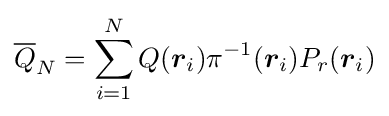
{\overline {Q}}_{N}=\sum _{i=1}^{N}Q({\boldsymbol {r}}_{i})\pi ^{-1}({\boldsymbol {r}}_{i})P_{r}({\boldsymbol {r}}_{i})